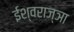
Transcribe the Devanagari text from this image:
ईश्वराज्ञा